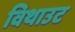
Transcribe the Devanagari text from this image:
विथाउट